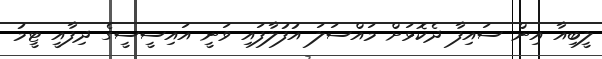
ލީބިއާ އިން ސައިފާ ދެކޮޅަށް މައްސަލަ އުފުލާފައި ވަނީ އައިސީސީގެ ދިފާއީ ޓީމު